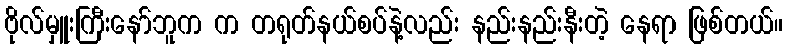
ဗိုလ်မှူးကြီးနော်ဘူက က တရုတ်နယ်စပ်နဲ့လည်း နည်းနည်းနီးတဲ့ နေရာ ဖြစ်တယ်။